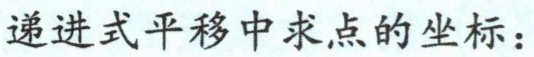
递进式平移中求点的坐标：